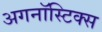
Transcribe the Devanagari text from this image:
अगनॉस्टिक्स